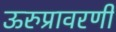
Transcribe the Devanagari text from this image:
ऊरुप्रावरणी